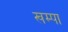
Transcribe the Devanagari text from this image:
खम्पा